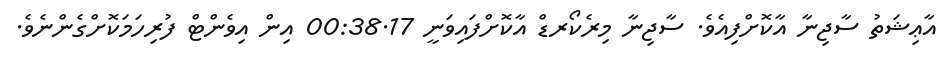
އާޢިޝަތު ސާޖިނާ އާކޮށްފިއެވެ. ސާޖިނާ މިރެކޯރޑް އާކޮށްފައިވަނީ 00:38.17 އިން އިވެންޓް ފުރިހަމަކޮށްގެންނެވެ.